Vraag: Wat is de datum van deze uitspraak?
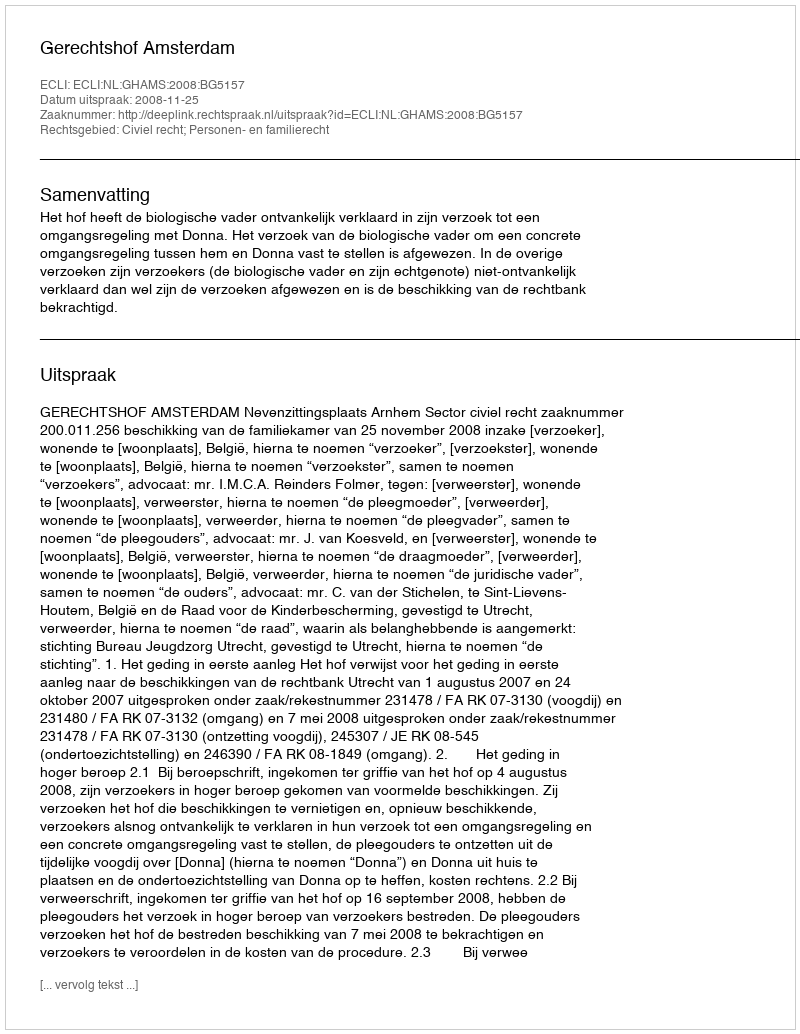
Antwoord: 2008-11-25